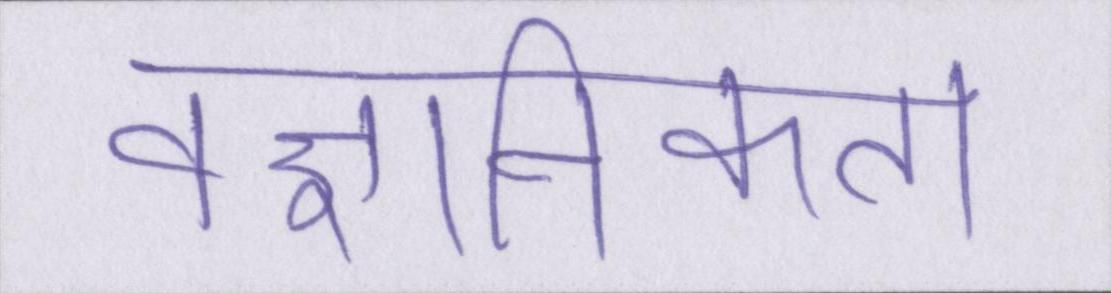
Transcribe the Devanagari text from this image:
वैज्ञानिकता